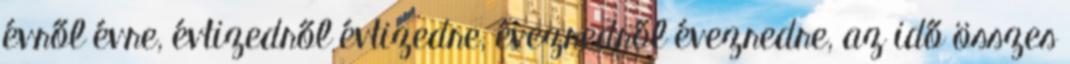
évről évre, évtizedről évtizedre, évezredről évezredre, az idő összes